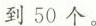
到50个。